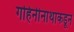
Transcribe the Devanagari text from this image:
गहिनीनाथाकडून